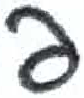
אות: ע